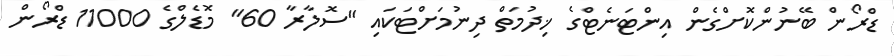
ޑްރޯން ބޭނުންކޮށްގެން އިންޓަނެޓްގެ ޚިދުމަތް ދިނުމަށްޓަކައި "ސޮލާރާ 60" މޮޑެލްގެ 11000 ޑްރޯން